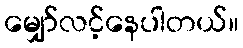
မျှော်လင့်နေပါတယ်။